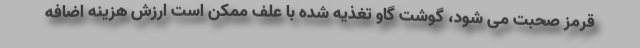
قرمز صحبت می شود، گوشت گاو تغذیه شده با علف ممکن است ارزش هزینه اضافه